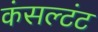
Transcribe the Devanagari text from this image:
कंसल्टंट